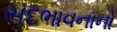
સદભાવનાનો